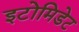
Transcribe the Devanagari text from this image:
इटोमिडेट